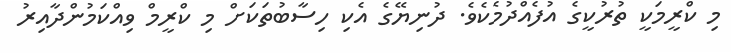
މި ކްރީމަކީ ތުރުކީގެ އުފެއްދުމެކެވެ. ދުނިޔޭގެ އެކި ހިސާބުތަކަށް މި ކްރީމް ވިއްކަމުންދާއިރު